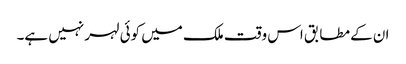
ان کے مطابق اس وقت ملک میں کوئی لہر نہیں ہے۔